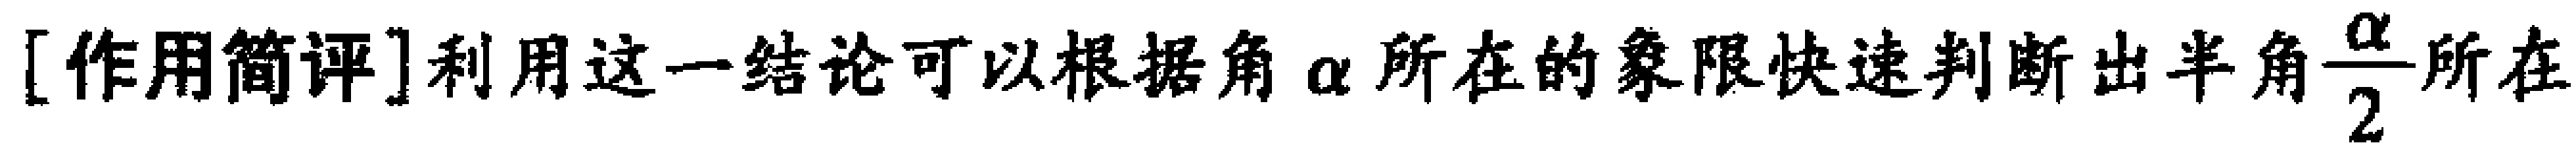
[作用简评]利用这一结论可以根据角\(\alpha\)所在的象限快速判断出半角\(\frac{\alpha}{2}\)所在